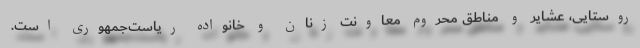
روستایی، عشایر و مناطق محروم معاونت زنان و خانواده ریاست‌جمهوری است.